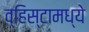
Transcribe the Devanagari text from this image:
व्हिस्टामध्ये